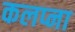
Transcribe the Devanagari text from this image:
कलप्ना